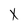
Character: X